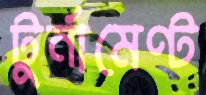
টুর্নামেণ্ট